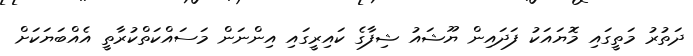
ދަތުރު މަތީގައި މޮޔައަކު ފަދައިން ޔޫޝައު ޝިފާގެ ކައިރީގައި އިންނަން މަސައްކަތްކުރާތީ އެއްބަޔަކަށް